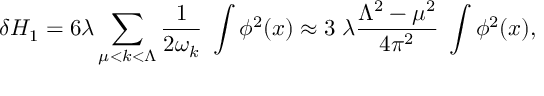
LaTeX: \delta H _ { 1 } = 6 \lambda \sum _ { \mu < k < \Lambda } { \frac { 1 } { 2 \omega _ { k } } } \; \int \phi ^ { 2 } ( x ) \approx 3 \; \lambda \frac { \Lambda ^ { 2 } - \mu ^ { 2 } } { 4 \pi ^ { 2 } } \; \int \phi ^ { 2 } ( x ) ,